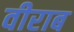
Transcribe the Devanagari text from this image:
वीराब